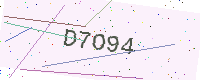
Text: D7O94